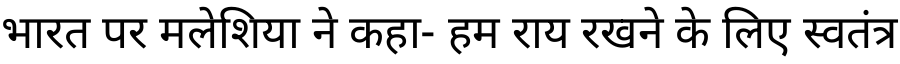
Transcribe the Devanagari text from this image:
भारत पर मलेशिया ने कहा- हम राय रखने के लिए स्वतंत्र